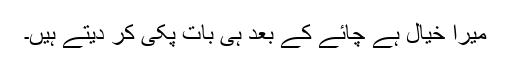
میرا خیال ہے چائے کے بعد ہی بات پکی کر دیتے ہیں۔